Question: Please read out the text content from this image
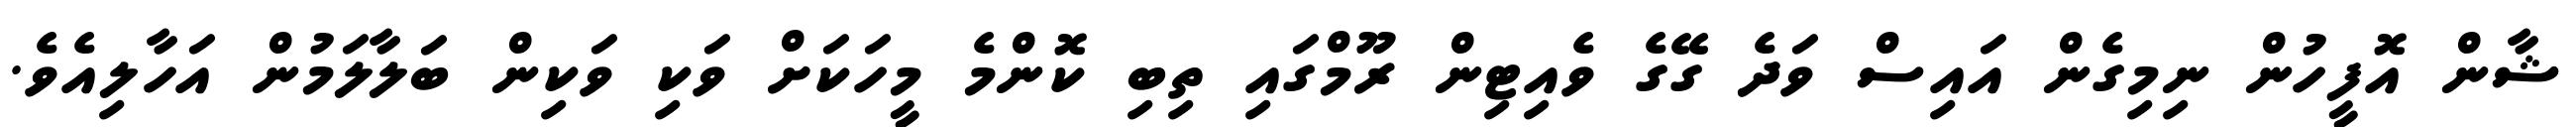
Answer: ޝާން އޮފީހުން ނިމިގެން އައިސް ވަދެ ގޭގެ ވެއިޓިން ރޫމްގައި ތިބި ކޮންމެ މީހަކަށް ވަކި ވަކިން ބަލާލަމުން އަހާލިއެވެ.